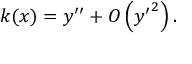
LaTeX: k ( x ) = y ^ { \prime \prime } + O \left( { y ^ { \prime } } ^ { 2 } \right) .